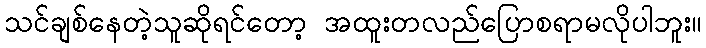
သင်ချစ်နေတဲ့သူဆိုရင်တော့ အထူးတလည်ပြောစရာမလိုပါဘူး။